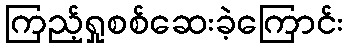
ကြည့်ရှုစစ်ဆေးခဲ့ကြောင်း